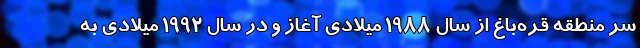
سر منطقه قره‌باغ از سال ۱۹۸۸ میلادی آغاز و در سال ۱۹۹۲ میلادی به